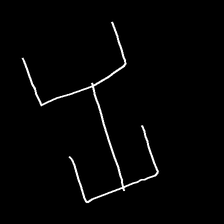
Glyph: entwine